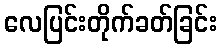
လေပြင်းတိုက်ခတ်ခြင်း